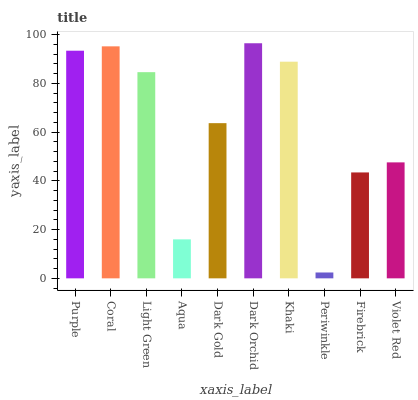
| xaxis_label | bars |
 | --- | --- |
 | Purple | 93.4 |
 | Coral | 95.2 |
 | Light Green | 84.6 |
 | Aqua | 16 |
 | Dark Gold | 63.7 |
 | Dark Orchid | 96.5 |
 | Khaki | 88.9 |
 | Periwinkle | 2.4 |
 | Firebrick | 43.5 |
 | Violet Red | 47.6 |